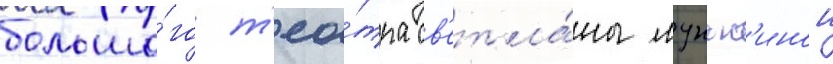
большо́го т'еа́тра св'етла́ны луньк'инои